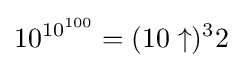
10^{10^{100}}=(10\uparrow )^{3}2